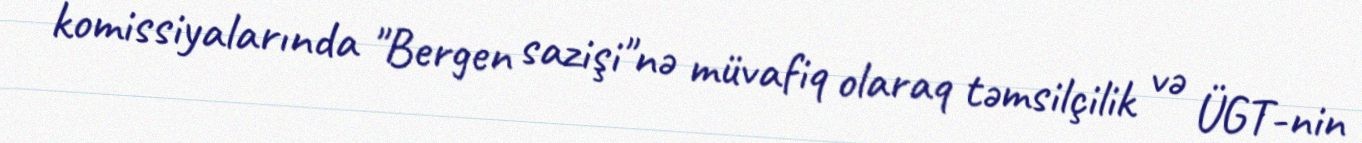
komissiyalarında "Bergen sazişi"nə müvafiq olaraq təmsilçilik və ÜGT-nin